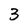
Character: 3